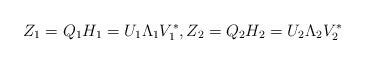
LaTeX: \begin{align*}Z_1=Q_1 H_1=U_1 \Lambda_1 V_1^\ast,Z_2=Q_2 H_2=U_2 \Lambda_2 V_2^\ast\end{align*}